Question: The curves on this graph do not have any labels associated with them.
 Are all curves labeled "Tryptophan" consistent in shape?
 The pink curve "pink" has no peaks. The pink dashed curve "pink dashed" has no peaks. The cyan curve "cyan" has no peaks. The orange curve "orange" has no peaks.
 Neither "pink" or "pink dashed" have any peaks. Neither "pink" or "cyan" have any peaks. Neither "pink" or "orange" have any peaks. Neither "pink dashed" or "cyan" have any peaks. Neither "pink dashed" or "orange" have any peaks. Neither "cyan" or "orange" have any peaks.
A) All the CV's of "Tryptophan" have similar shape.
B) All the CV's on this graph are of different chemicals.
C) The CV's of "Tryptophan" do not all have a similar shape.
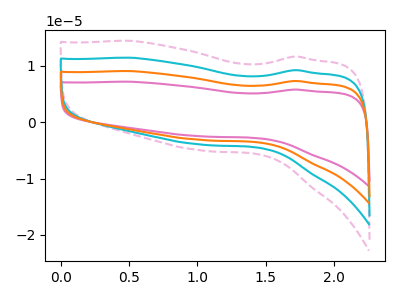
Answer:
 <answer>A) All the CV's of "Tryptophan" have similar shape.</answer>
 <eval>A</eval>